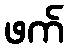
ဖက်